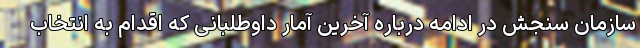
سازمان سنجش در ادامه درباره آخرین آمار داوطلبانی که اقدام به انتخاب